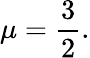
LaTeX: \mu=\frac{3}{2}.